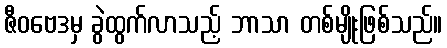
ဇီဝဗေဒမှ ခွဲထွက်လာသည့် ဘာသာ တစ်မျိုးဖြစ်သည်။